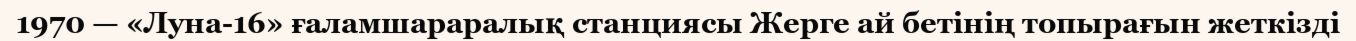
1970 — «Луна-16» ғаламшараралық станциясы Жерге ай бетінің топырағын жеткізді